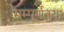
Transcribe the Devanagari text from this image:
सम्पूर्णतया